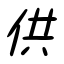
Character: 供